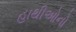
હાથીઓનો